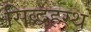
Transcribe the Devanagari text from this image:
सिद्धहस्थ